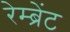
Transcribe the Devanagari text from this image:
रेम्ब्रेंट